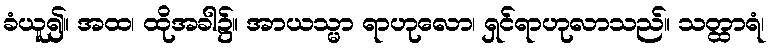
ခံယူ၍။ အထ၊ ထိုအခါ၌။ အာယသ္မာ ရာဟုလော၊ ရှင်ရာဟုလာသည်။ သတ္ထာရံ၊